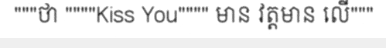
"""ថា """"Kiss You"""" មាន វត្តមាន លើ"""